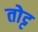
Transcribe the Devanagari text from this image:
तोट्ट